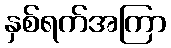
နှစ်ရက်အကြာ